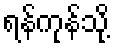
ရန်ကုန်သို့